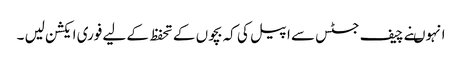
انہوںنے چیف جسٹس سے اپیل کی کہ بچوں کے تحفظ کے لیے فوری ایکشن لیں ۔